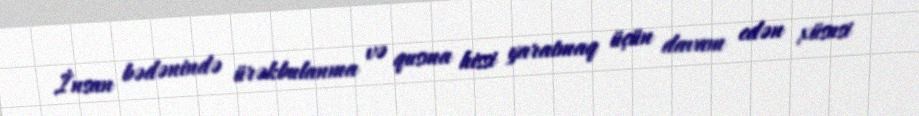
İnsan bədənində ürəkbulanma və qusma hissi yaratmaq üçün davam edən xüsusi